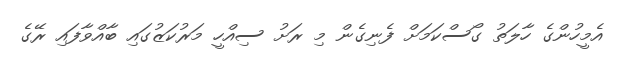
އެމީހުންގެ ހާލަތު ގޯސްކަމަށް ފެނިގެން މި ރަށު ސިއްހީ މަރުކަޒުގައި ބާއްވާފައި ރޭގެ